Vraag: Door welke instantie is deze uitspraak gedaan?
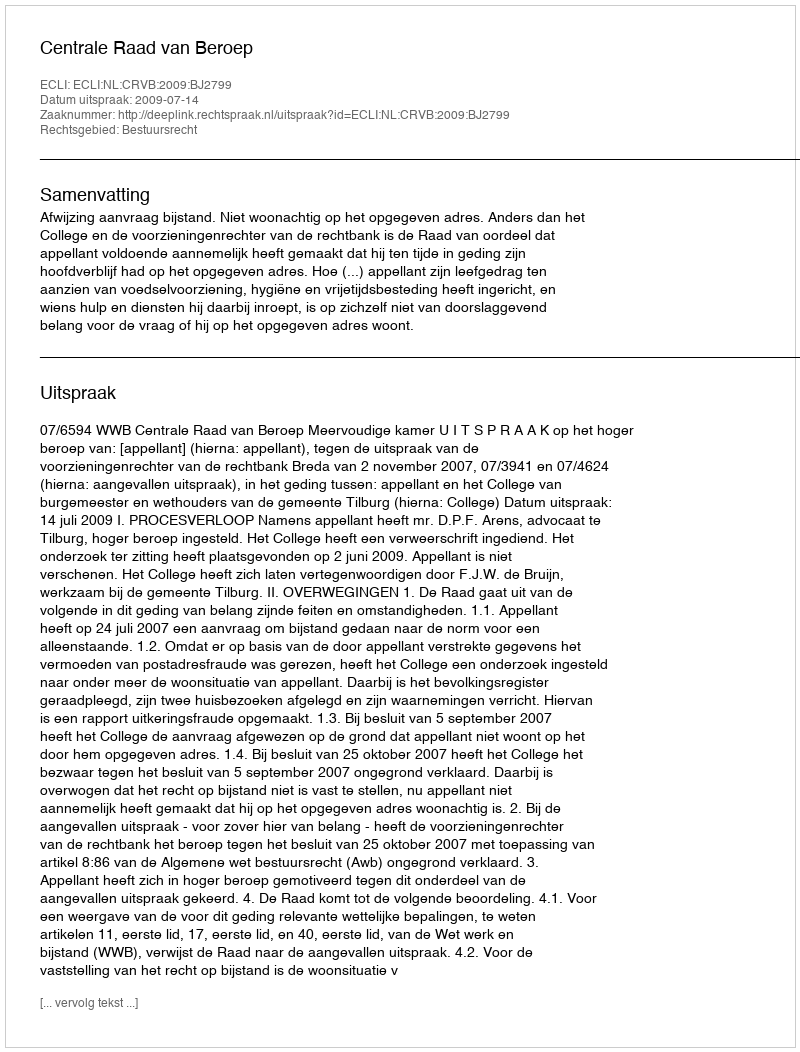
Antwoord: Centrale Raad van Beroep